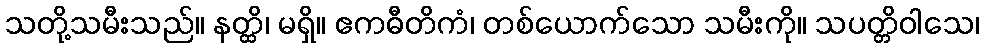
သတို့သမီးသည်။ နတ္ထိ၊ မရှိ။ ဧကဓီတိကံ၊ တစ်ယောက်သော သမီးကို။ သပတ္တိဝါသေ၊